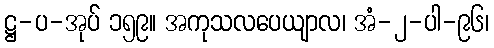
ဋ္ဌ-ပ-အုပ် ၁၅၉။ အကုသလပေယျာလ၊ အံ-၂-ပါ-၉၆၊